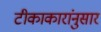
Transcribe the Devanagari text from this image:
टीकाकारांनुसार